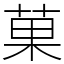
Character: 菓